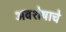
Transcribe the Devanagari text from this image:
अवशेषाचे